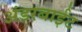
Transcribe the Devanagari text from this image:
अंडरबाईट